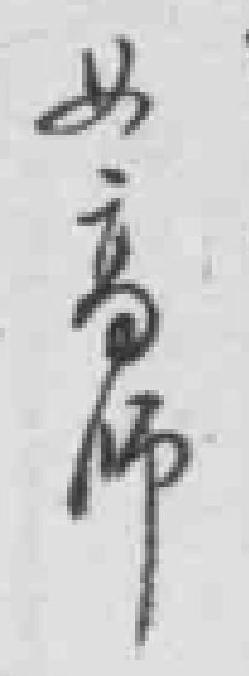
女高师